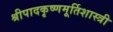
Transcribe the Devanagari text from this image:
श्रीपादकृष्णमूर्तिशास्त्री